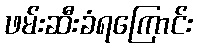
ဖမ်းဆီးခံရကြောင်း